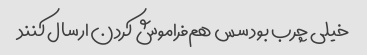
خیلی چرب بود سس هم‌فراموش کردن ارسال کنند